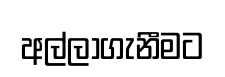
අල්ලාගැනීමට